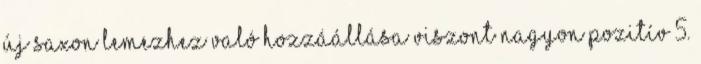
új Saxon lemezhez való hozzáállása viszont nagyon pozití­v 5.